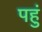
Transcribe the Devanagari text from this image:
पहुं